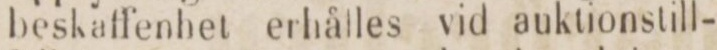
beskaffenhet erhålles vid auktionstill-